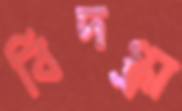
বিদগ্ধা